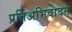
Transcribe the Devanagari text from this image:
प्रतिअभिवादन